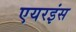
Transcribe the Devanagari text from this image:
एयरइंस